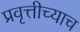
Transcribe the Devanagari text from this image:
प्रवृत्तीच्याच